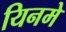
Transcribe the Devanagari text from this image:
यिनमे